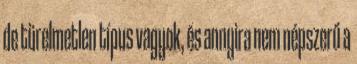
de türelmetlen típus vagyok, és annyira nem népszerű a